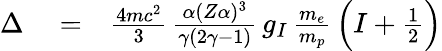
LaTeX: \begin{array}{rlr}{\Delta}&{{}=}&{\frac{4mc^{2}}{3}\, \frac{\alpha(Z\alpha)^{3}}{\gamma(2\gamma-1)}\, g_{I}\, \frac{m_{e}}{m_{p}}\, \Big(I+\frac{1}{2}\Big)}\end{array}